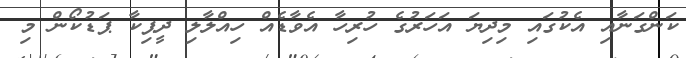
ކަންގަނާއި އެކުގައި މިދިޔަ އަހަރުގެ ހުރިހާ އެވާޑެއް ހިއްލާލި ދީޕިކާ ޕަޑުކޯން މި